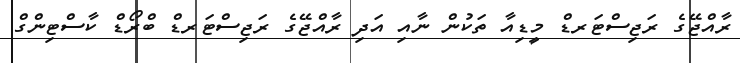
ރާއްޖޭގެ ރަޖިސްޓަރޑް މީޑިއާ ތަކުން ނާއި އަދި ރާއްޖޭގެ ރަޖިސްޓަރޑް ބްރޯޑް ކާސްޓިންގް